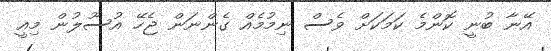
އޭނާ ބުނީ ކޮންމެ ކަމަކަށް ވެސް ނިމުމެއް ގެންނަން ޖެހޭ އުސޫލުން މިއީ